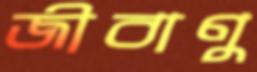
জীবাণু